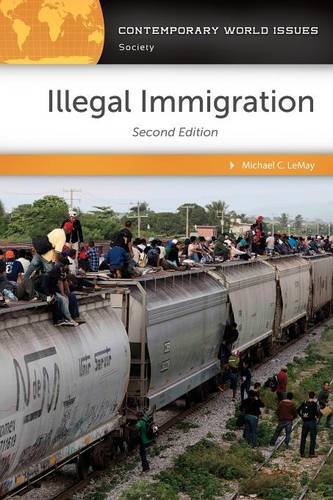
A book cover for Illegal Immigration: A Reference Handbook, 2nd Edition (Contemporary World Issues); Michael C. LeMay Ph.D.; Law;